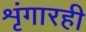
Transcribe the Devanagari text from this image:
शृंगारही